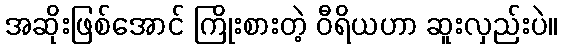
အဆိုးဖြစ်အောင် ကြိုးစားတဲ့ ဝီရိယဟာ ဆူးလှည်းပဲ။